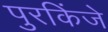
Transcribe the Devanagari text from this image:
पुरकिंजे